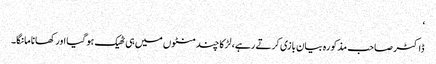
‘
ڈاکٹر صاحب مذکورہ بیان بازی کرتے رہے، لڑکا چند منٹوں میں ہی ٹھیک ہو گیا اور کھانا مانگا۔